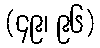
(၄၉၊ ၉၆)